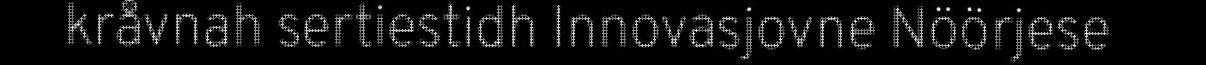
kråvnah sertiestidh Innovasjovne Nöörjese